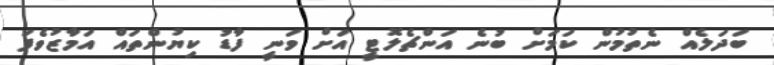
ބަދަލެއް ނެތުމުން ކަމަށް ބުނެ އަންޗެލޮޓީ އަށް ވަނީ ފާޑު ކިޔުންތައް އަމާޒުވެފަ